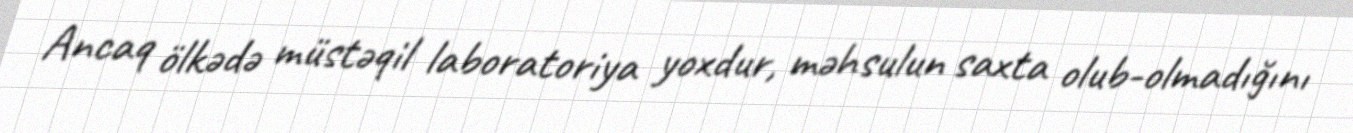
Ancaq ölkədə müstəqil laboratoriya yoxdur, məhsulun saxta olub-olmadığını